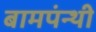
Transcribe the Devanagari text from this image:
बामपंन्थी